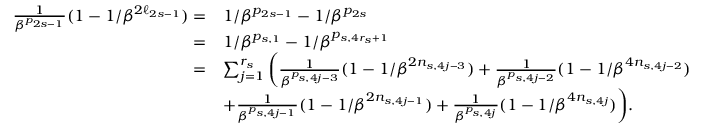
\begin{array} { r l } { \frac 1 { \beta ^ { p _ { 2 s - 1 } } } ( 1 - 1 / \beta ^ { 2 \ell _ { 2 s - 1 } } ) = } & { 1 / \beta ^ { p _ { 2 s - 1 } } - 1 / \beta ^ { p _ { 2 s } } } \\ { = } & { 1 / \beta ^ { p _ { s , 1 } } - 1 / \beta ^ { p _ { s , 4 r _ { s } + 1 } } } \\ { = } & { \sum _ { j = 1 } ^ { r _ { s } } \bigg ( \frac 1 { \beta ^ { p _ { s , 4 j - 3 } } } ( 1 - 1 / \beta ^ { 2 n _ { s , 4 j - 3 } } ) + \frac 1 { \beta ^ { p _ { s , 4 j - 2 } } } ( 1 - 1 / \beta ^ { 4 n _ { s , 4 j - 2 } } ) } \\ & { + \frac 1 { \beta ^ { p _ { s , 4 j - 1 } } } ( 1 - 1 / \beta ^ { 2 n _ { s , 4 j - 1 } } ) + \frac 1 { \beta ^ { p _ { s , 4 j } } } ( 1 - 1 / \beta ^ { 4 n _ { s , 4 j } } ) \bigg ) . } \end{array}